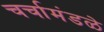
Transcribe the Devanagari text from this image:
चर्चामंडळे